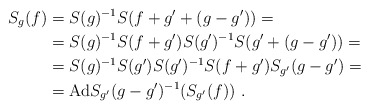
\begin{align*}S_g(f)&=S(g)^{-1}S(f+g'+(g-g'))=\\&=S(g)^{-1}S(f+g')S(g')^{-1}S(g'+(g-g'))=\\&=S(g)^{-1}S(g')S(g')^{-1}S(f+g')S_{g'}(g-g')=\\&=\mathrm{Ad} S_{g'}(g-g')^{-1}(S_{g'}(f))\ .\end{align*}